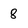
Character: 8